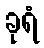
ခုရံ